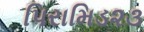
પિરામિડ૨૩